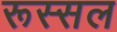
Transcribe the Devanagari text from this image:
रूस्सल